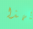
بهذا